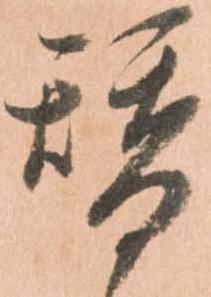
替